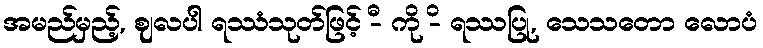
အမည်မှည့်, ဈလပါ ရဿံသုတ်ဖြင့် -ီ ကို -ိ ရဿပြု, သေသတော လောပံ